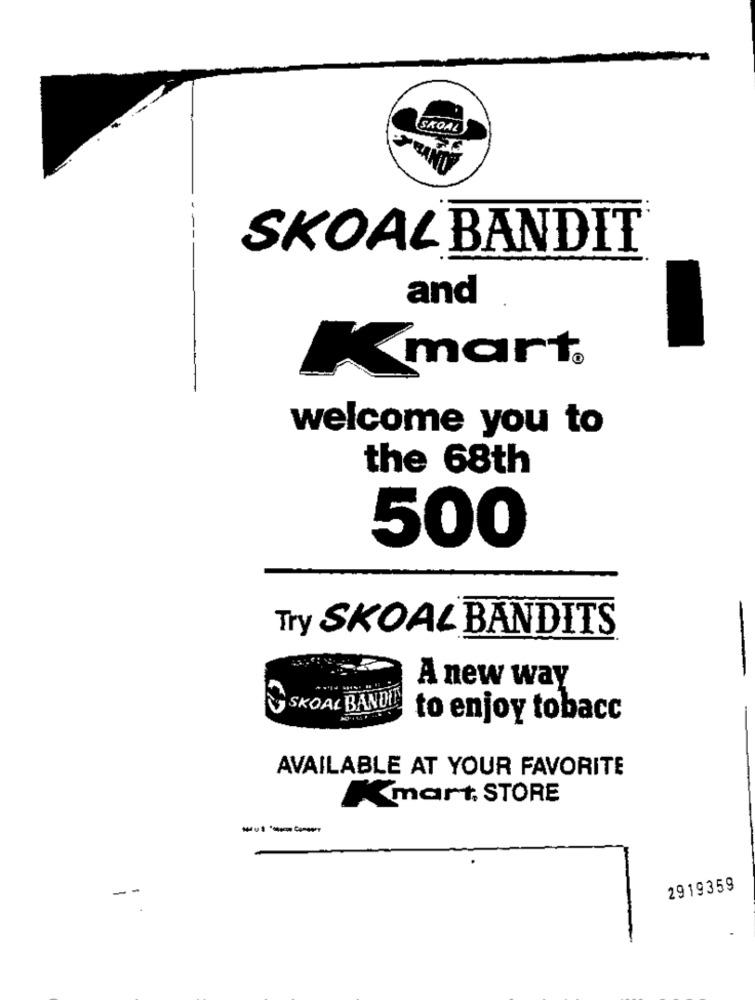
SKOAL
SKOAL BANDIT
and
mart.
welcome you to
the 68th
500
Try SKOAL BANDITS
-
A new way
SKOAL BANDIT
to enjoy tobacc
AVAILABLE AT YOUR FAVORITE
Kmart, STORE
--
2919359